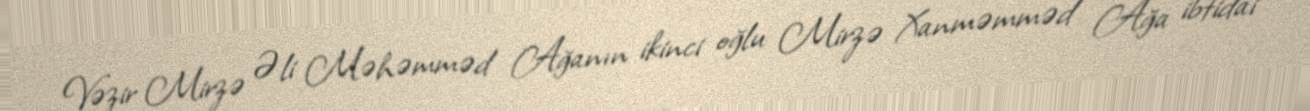
Vəzir Mirzə Əli Məhəmməd Ağanın ikinci oğlu Mirzə Xanməmməd Ağa ibtidai